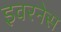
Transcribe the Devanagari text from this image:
इवरनेस